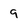
Character: 9